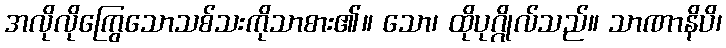
အလိုလိုကြွေသောသစ်သးကိုသာစား၏။ သော၊ ထိုပုဂ္ဂိုလ်သည်။ သာဏာနိပိ၊